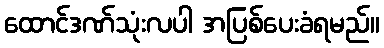
ထောင်ဒဏ်သုံးလပါ အပြစ်ပေးခံရမည်။